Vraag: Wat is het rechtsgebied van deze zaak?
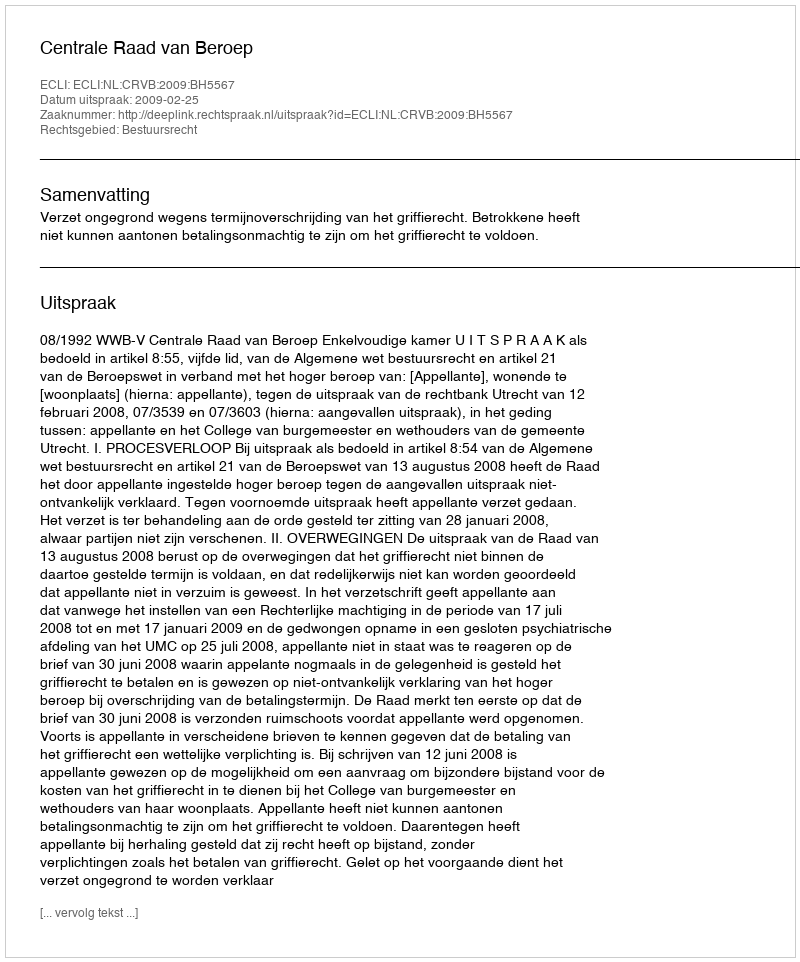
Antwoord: Bestuursrecht